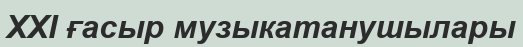
XXI ғасыр музыкатанушылары